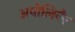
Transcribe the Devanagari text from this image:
अपोलिनैर